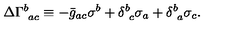
\Delta \Gamma _ { \ a c } ^ { b } \equiv - \bar { g } _ { a c } \sigma ^ { b } + \delta _ { \ c } ^ { b } \sigma _ { a } + \delta _ { \ a } ^ { b } \sigma _ { c } .